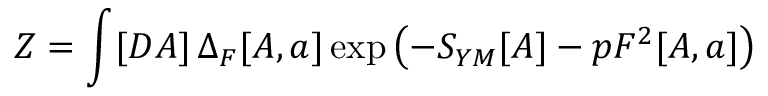
Z = \int [ D A ] \, \Delta _ { F } [ A , a ] \exp \left( - S _ { Y M } [ A ] - p F ^ { 2 } [ A , a ] \right)